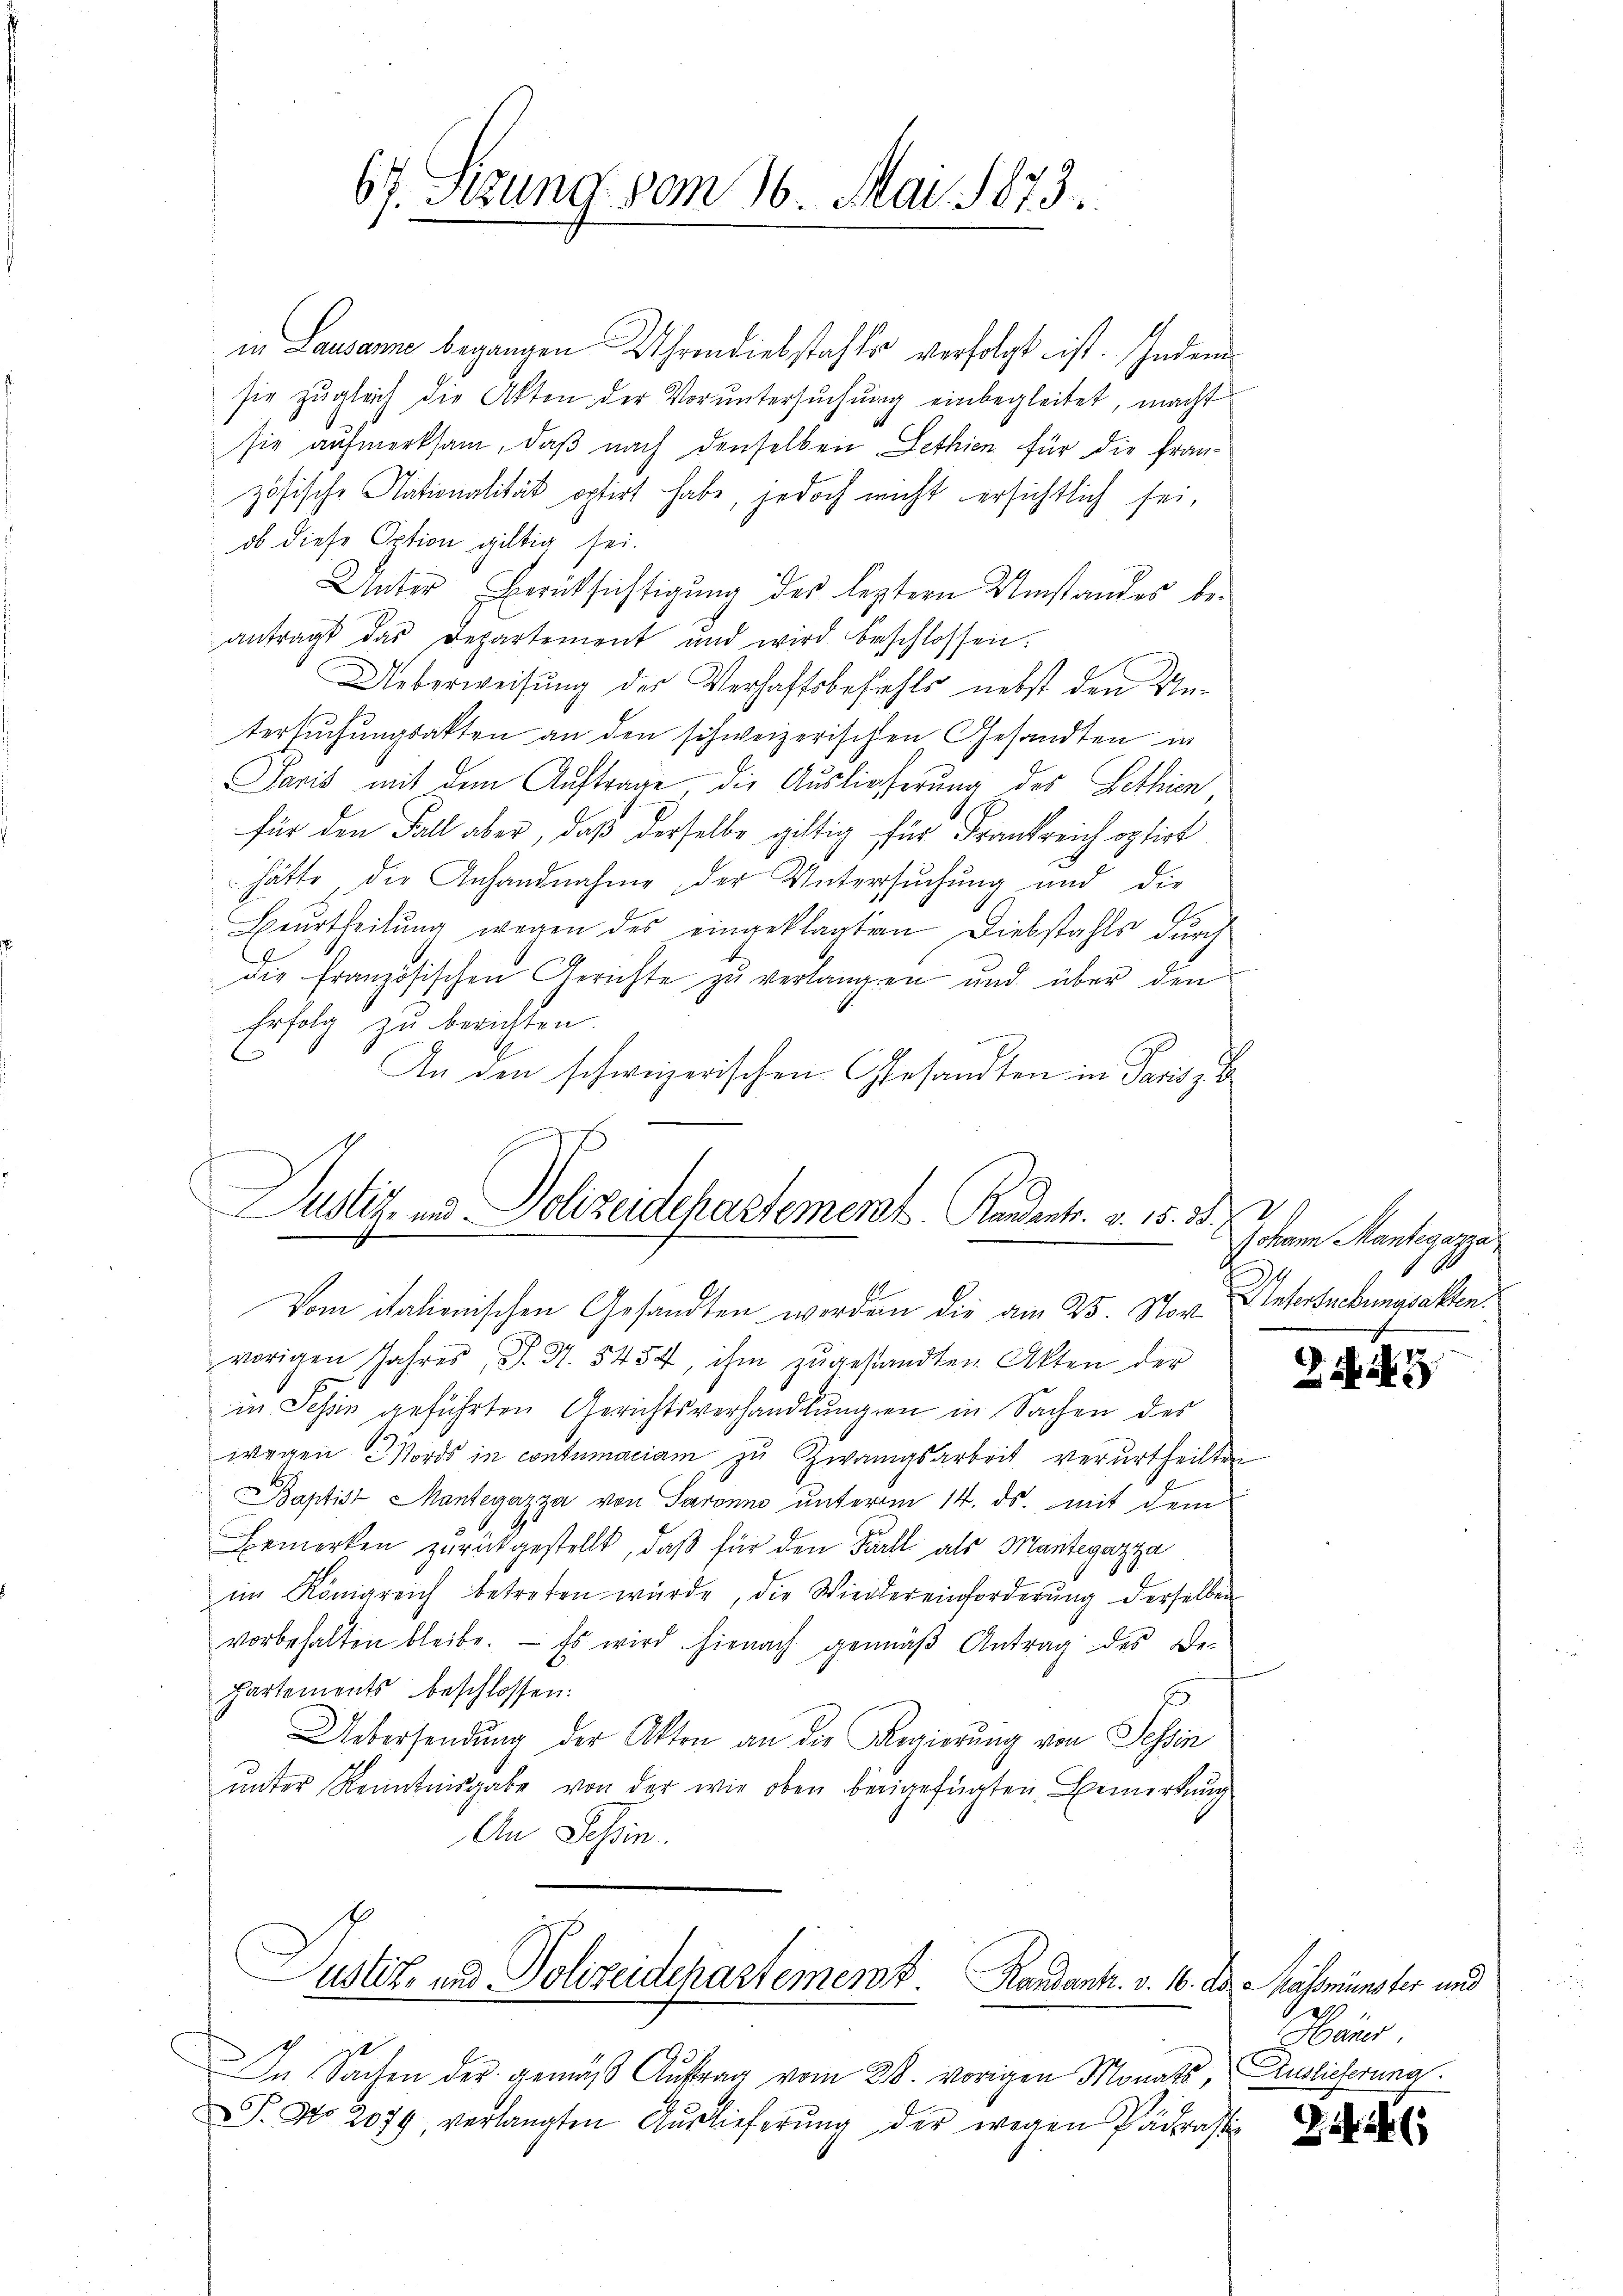
67. Sizung vom 26. Mai 1873.

in Lausanne begangen Uhrmdiebstahls verfolgt ist. Indem
sie zugleich die Akten der Voruntersuchung einbegleitet, macht
sie aufmerksam, daß nach denselben Lethien für die Französische Nationalität optirt habe, jedoch nicht ersichtlich sei,
ob diese Option giltig sei.
Unter Berücksichtigung des leztern Umstandes be-
antragt das Departement und wird beschlossen.
Ueberweisung der Verhaftsbefehls nebst den Untersuchungsakten an den schweizerischen Gesandten in
Paris mit dem Auftrage die Auslieferung des Bethien
für den Fall aber, daß derselbe giltig für Frankreich optirt
hätte die Anhandnahme der Untersuchung und die
Ge
Beŭrtheilŭng wegen des eingeklagten Diebstahls durch
die französischen Gerichte zu verlangen und über den
Erfolg zu berichten.
An den schweizerischen Gesandten in Paris,
2
vorigen Jahres, S. Nr. 5454, ihm zŭgestandten Akten der
in Schin geführten Gerichtsverhandlungen in Sachen des
wegen Nords in contumaciam zu Zwangsarbeit verurtheilten
Baptist Mantegazza von Saronne unterm 14. ds. mit dem
Bemerken zŭrückgestellt, daβ für den Fall als Mantegazza
im Königreich betreten würde, die Wiedereinforderŭng derselben
vorbehalten bleibe. Es wird hienach gemäβ Antrag des Be-
hartements beschlossen:
Uebersendung der Akten an die Regierung von Tessin
ŭnter Kenntnisgabe von der wie oben beigefügten Bemerkung
An Tessin.
ustiz- und Polizeidekastement Kardank. v. 16. der Massmünster und
e
In Sachen der gemäβ Aŭftrag vom 28. vorigen Monats Auslieferung.
T. No. 2079 verlangten Auslieferung der wegen Pädrassi¬

.
Justiz- und Polizeidepartement. Handants. v. 15. 38.
.
Vom italionischen Gesandten werden die am 25. Nov.

Johann Mantegazza
Untersuchungsakten.

J S. 2

Harr